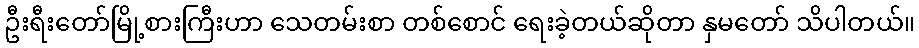
ဦးရီးတော်မြို့စားကြီးဟာ သေတမ်းစာ တစ်စောင် ရေးခဲ့တယ်ဆိုတာ နှမတော် သိပါတယ်။